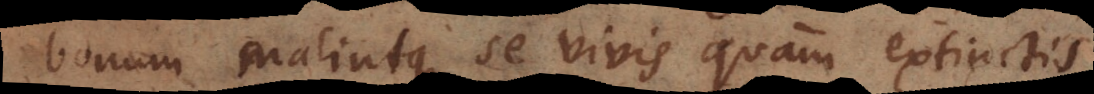
bonum malintque se vivis quam extinctis